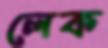
লেক